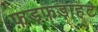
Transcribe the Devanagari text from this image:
फ़ड़फ़ड़ाहट